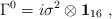
\begin{align*}\Gamma^0= i\sigma^2 \otimes {\bf 1}_{16}~,~~~\end{align*}